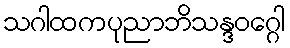
သဂါထကပုညာဘိသန္ဒဝဂ္ဂေါ